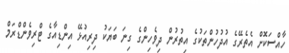
ހާއްސަކޮށް އެތެރޭގެ އުދުހުންތަކުގެ އިތުރުން ދިވެހިންގެ ގިނަ ބަޔަކު ދިރިއުޅޭ އިންޑިއާގެ ޓްރިވެންޑްރަމް